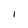
Character: 1